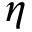
\eta